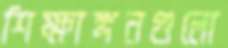
শিক্ষাঙ্গনগুলো